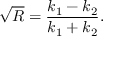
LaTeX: { \sqrt { R } } = { \frac { k _ { 1 } - k _ { 2 } } { k _ { 1 } + k _ { 2 } } } .